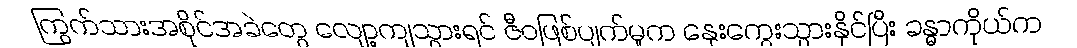
ကြွက်သားအစိုင်အခဲတွေ လျော့ကျသွားရင် ဇီဝဖြစ်ပျက်မှုက နှေးကွေးသွားနိုင်ပြီး ခန္ဓာကိုယ်က